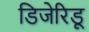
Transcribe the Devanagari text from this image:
डिजेरिडू